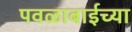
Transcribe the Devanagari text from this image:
पवळाबाईच्या